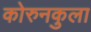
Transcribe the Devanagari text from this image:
कोरुनकुला